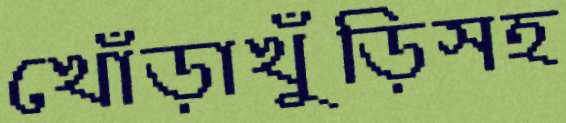
খোঁড়াখুঁড়িসহ